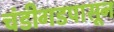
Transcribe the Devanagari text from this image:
चंडीगडपासून